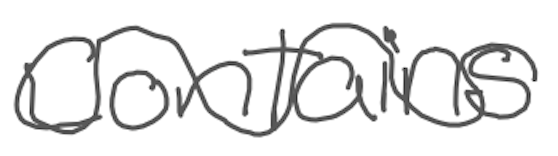
Text: contains
Cross-out: mix
Writing tool: digital_gray